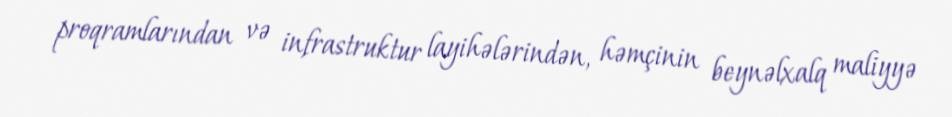
proqramlarından və infrastruktur layihələrindən, həmçinin beynəlxalq maliyyə